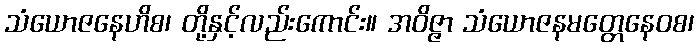
သံယောဇနေဟိစ၊ တို့နှင့်လည်းကောင်း။ အဝိဇ္ဇာ သံယောဇနမတ္တေနေဝစ၊